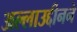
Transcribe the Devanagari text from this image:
अल्लाउद्दीनने